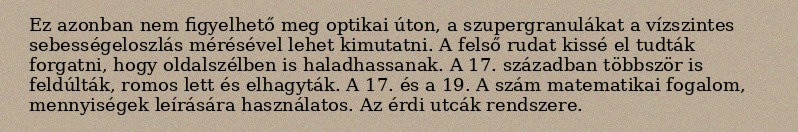
Ez azonban nem figyelhető meg optikai úton, a szupergranulákat a vízszintes sebességeloszlás mérésével lehet kimutatni. A felső rudat kissé el tudták forgatni, hogy oldalszélben is haladhassanak. A 17. században többször is feldúlták, romos lett és elhagyták. A 17. és a 19. A szám matematikai fogalom, mennyiségek leírására használatos. Az érdi utcák rendszere.